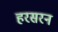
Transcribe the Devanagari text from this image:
हरसरन